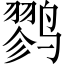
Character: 鹨